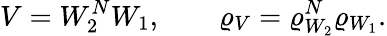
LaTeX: V=W_{2}^{N}W_{1},\qquad\varrho_{V}=\varrho_{W_{2}}^{N}\varrho_{W_{1}}.